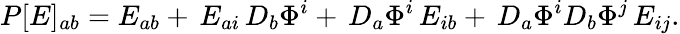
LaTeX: P[E]_{ab}=E_{ab}+\, E_{ai}\, D_{b}\Phi^{i}+\, D_{a}\Phi^{i}\, E_{ib}+\, D_{a}\Phi^{i}D_{b}\Phi^{j}\, E_{ij}.